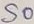
Text: S0